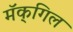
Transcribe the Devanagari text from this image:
मॅक्‌गिल